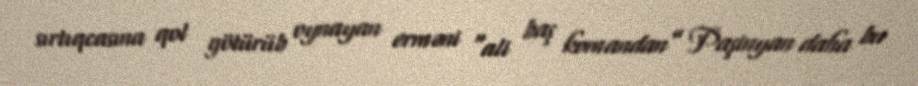
sırtıqcasına qol götürüb oynayan erməni “ali baş komandan” Paşinyan daha bu